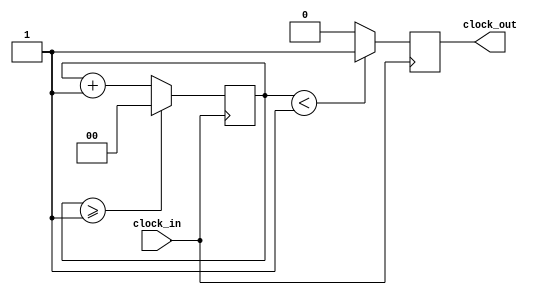
`timescale 1ns / 1ps
//////////////////////////////////////////////////////////////////////////////////
// Company: 
// Engineer: 
// 
// Design Name: 
// Module Name: Clock_Divider
// Project Name: 
// Target Devices: 
// Tool Versions: 
// Description: 
// 
// Dependencies: 
// 
// Revision:
// Revision 0.01 - File Created
// Additional Comments:
// 
//////////////////////////////////////////////////////////////////////////////////


module Clock_Divider(clock_in,clock_out);
input clock_in; 
output reg clock_out; 
reg[1:0] counter=2'd0;
parameter DIVISOR = 2'd2;



always @(posedge clock_in)
begin
 counter <= counter + 2'd1;
 if(counter>=(DIVISOR-1))
  counter <= 2'd0;
 clock_out <= (counter<DIVISOR/2)?1'b1:1'b0;
end
endmodule